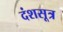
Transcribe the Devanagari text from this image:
दंशसूत्र